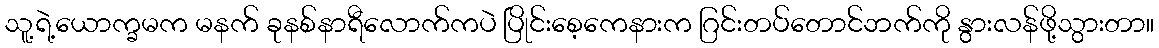
သူ့ရဲ့ယောက္ခမက မနက် ခုနစ်နာရီလောက်ကပဲ ပြိုင်းစေ့ကေနားက ဂြင်းတပ်တောင်ဘက်ကို နွားလန်ဖို့သွားတာ။